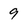
Character: 9